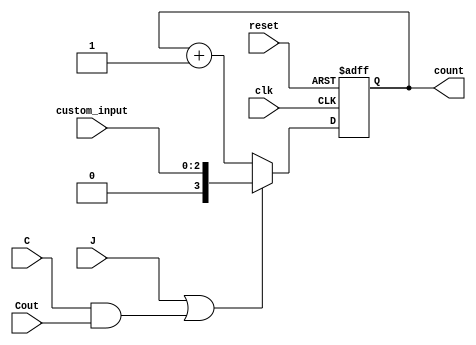
module counter(reset,clk,J,C,Cout,custom_input,count);
	input reset,clk,J,C,Cout;
	input [2:0] custom_input;
	output reg 	[3:0] count;
	wire [3:0] w;
	wire load;

assign w[2:0] = custom_input;
assign w[3] = 0;
assign load = J | (C & Cout); 		
	
always @(posedge clk, posedge reset)
begin
	if(reset == 1)
		count <= 4'b0000;
	else if(load)
		count <= w;
	else
		count <= count + 4'b0001;
end

endmodule